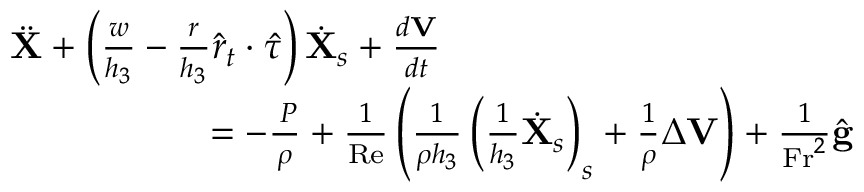
\begin{array} { r } { \ddot { \mathbf { X } } + \left( \frac { w } { h _ { 3 } } - \frac { r } { h _ { 3 } } \hat { r } _ { t } \cdot \hat { \tau } \right) \dot { \mathbf { X } } _ { s } + \frac { d \mathbf { V } } { d t } \quad \quad \quad \quad \quad \quad \quad \quad \quad \quad \quad } \\ { = - \frac { \mathbf { \nabla } P } { \rho } + \frac { 1 } { \mathrm { R e } } \left( \frac { 1 } { \rho h _ { 3 } } \left( \frac { 1 } { h _ { 3 } } \dot { \mathbf { X } } _ { s } \right) _ { s } + \frac { 1 } { \rho } \Delta \mathbf { V } \right) + \frac { 1 } { \mathrm { F r } ^ { 2 } } \hat { \mathbf { g } } } \end{array}